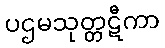
ပဌမသုတ္တဋီကာ